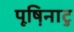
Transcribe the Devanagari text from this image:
पूष़िनाटु